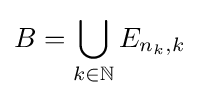
B=\bigcup _{k\in \mathbb {N} }E_{n_{k},k}